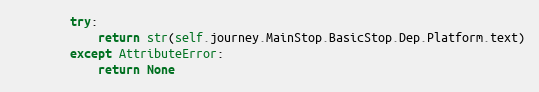
Language: Python
        try:
            return str(self.journey.MainStop.BasicStop.Dep.Platform.text)
        except AttributeError:
            return None